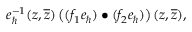
e _ { \hbar } ^ { - 1 } ( z , \overline { { { z } } } ) \left( ( f _ { 1 } e _ { \hbar } ) \bullet ( f _ { 2 } e _ { \hbar } ) \right) ( z , \overline { { { z } } } ) ,